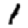
Digit: 1